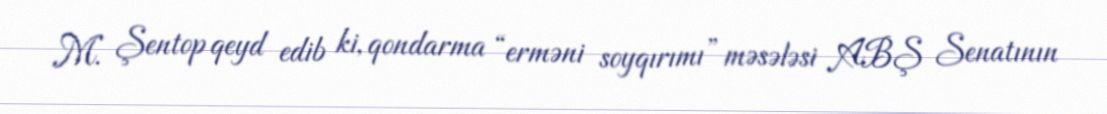
M. Şentop qeyd edib ki, qondarma “erməni soyqırımı” məsələsi ABŞ Senatının